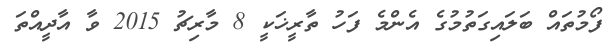
ފޯމުތައް ބަލައިގަތުމުގެ އެންމެ ފަހު ތާރީޚަކީ 8 މާރިޗު 2015 ވާ އާދީއްތަ